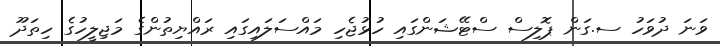
ވަނަ ދުވަހު ސ.ގަން ޕޮލިސް ސްޓޭޝަންގައި ހުޅުޖެހި މައްސަލައިގައި ރައްޔިތުންގެ މަޖިލީހުގެ ހިތަދޫ